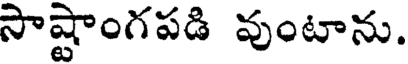
సాష్టాంగపడి వుంటాను.